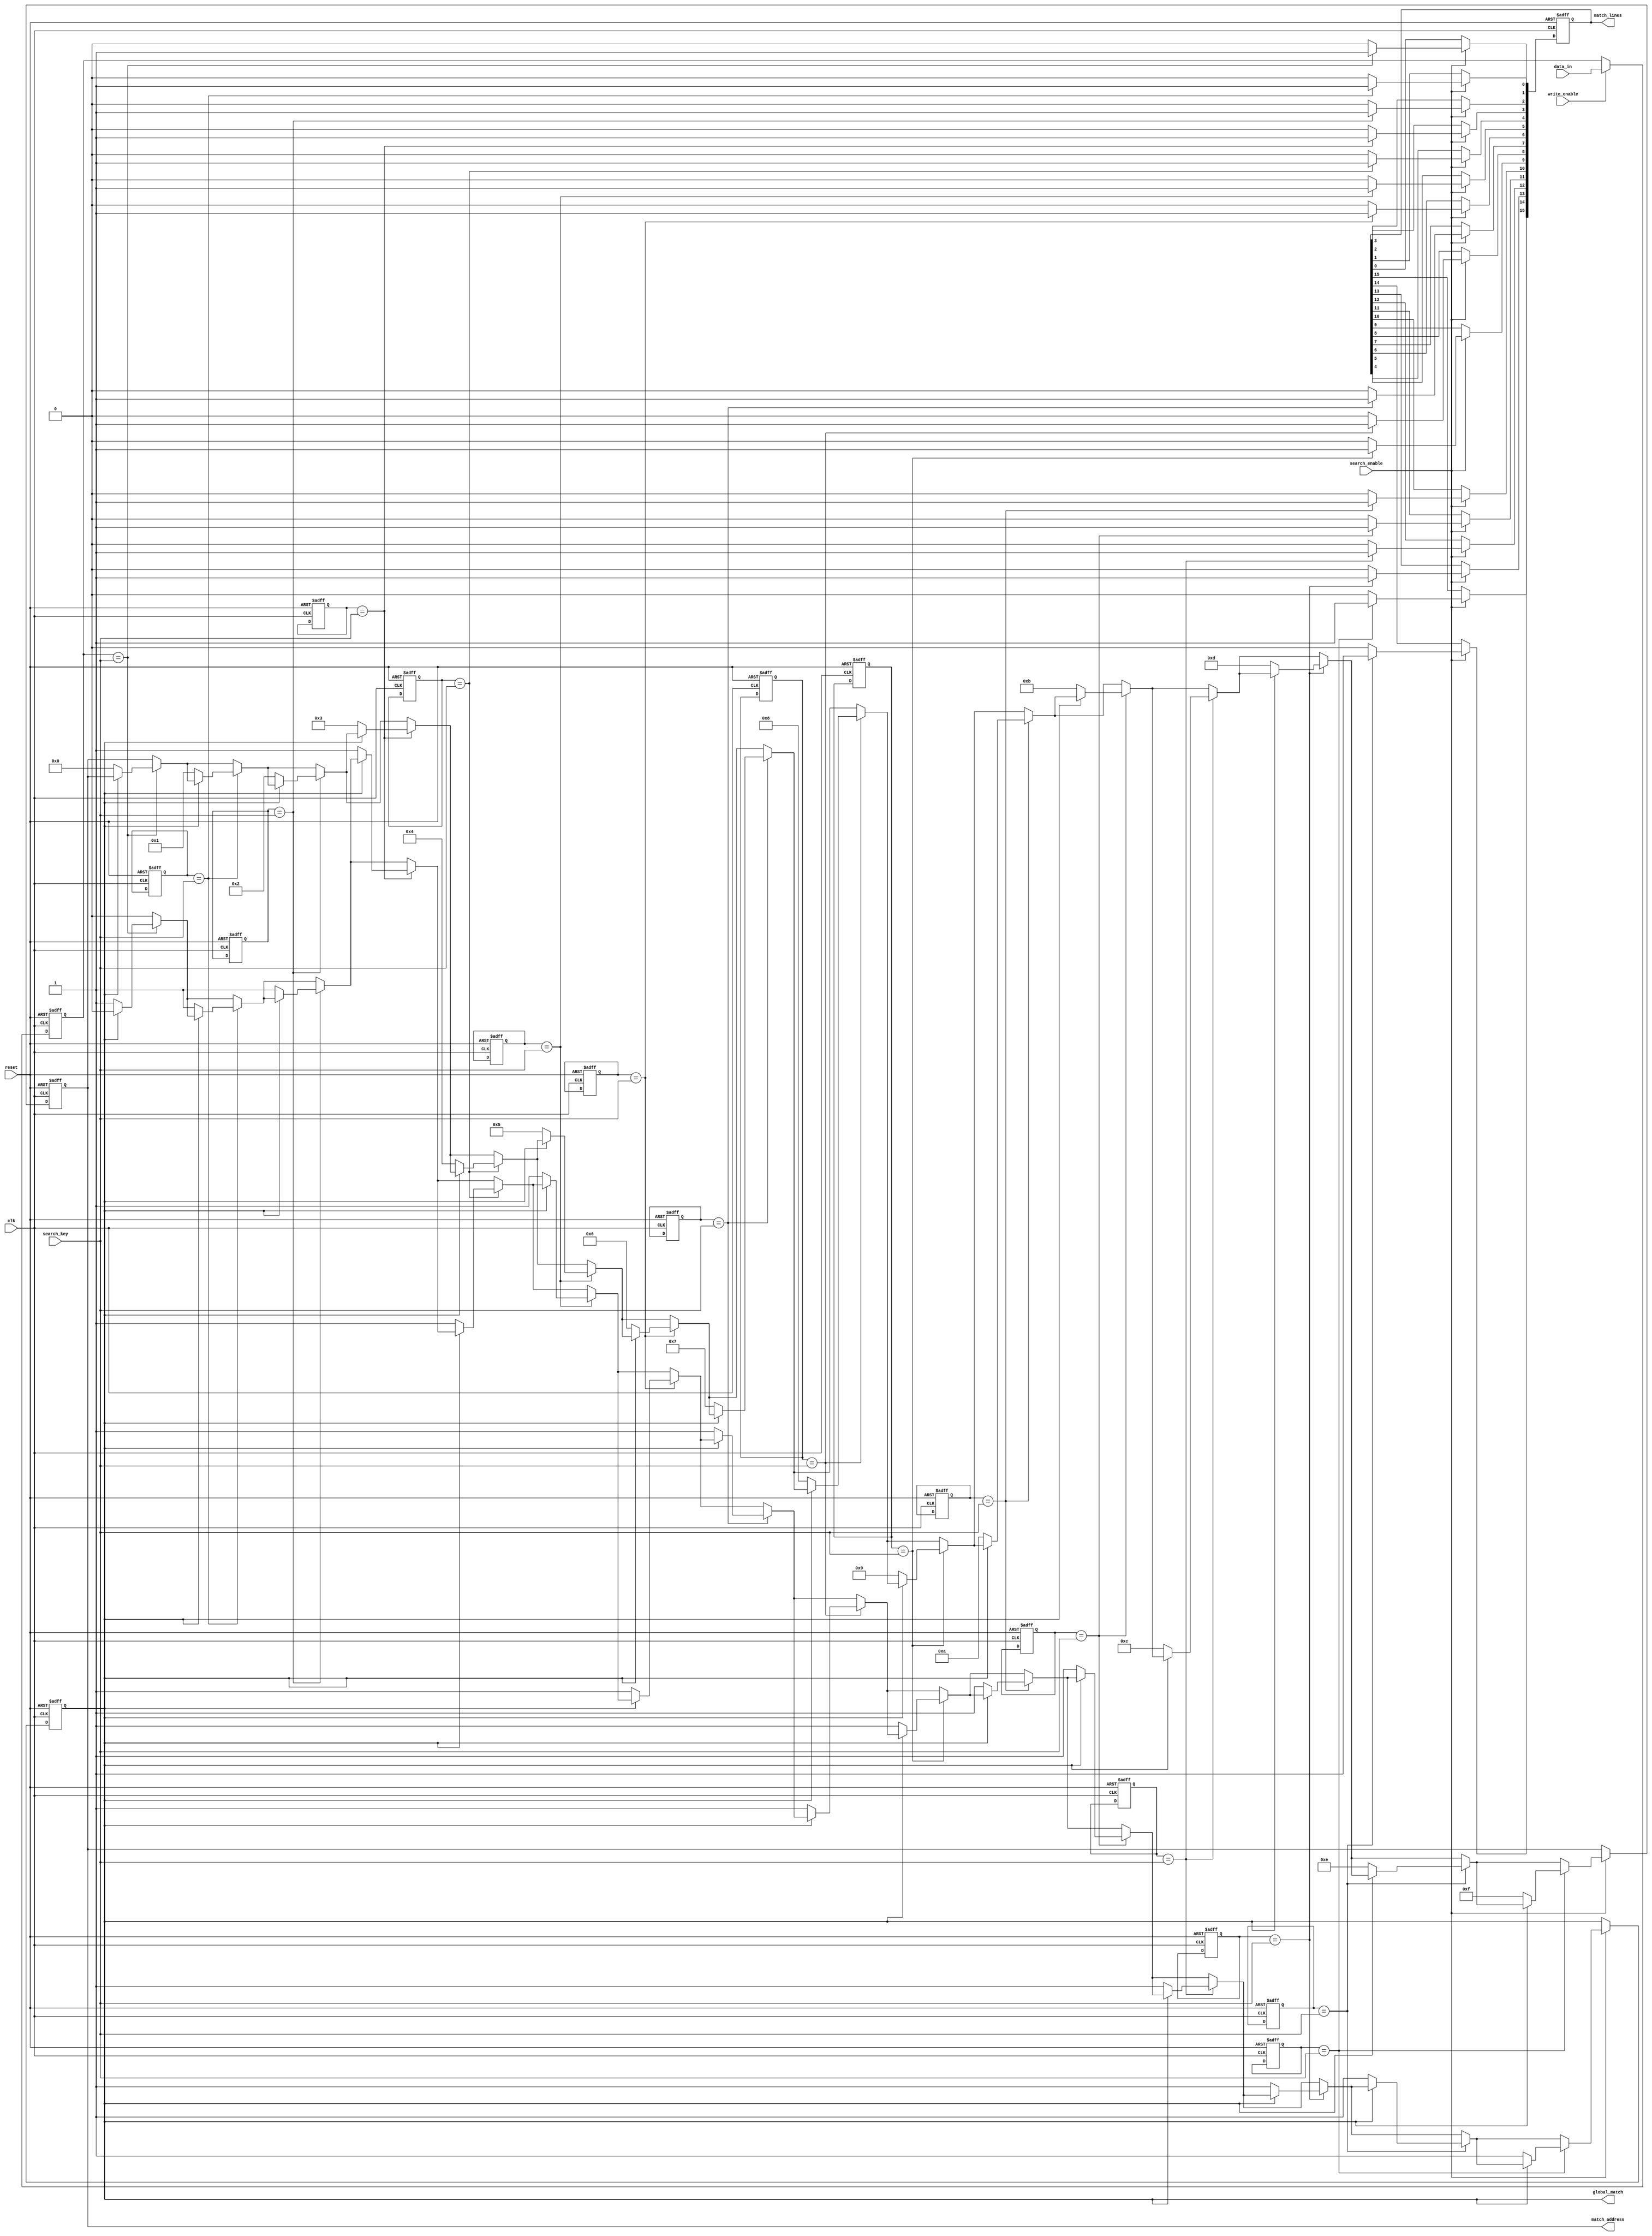
module ColumnBasedCAM #(
    parameter W = 8,    // Word length (number of bits in each entry)
    parameter N = 16    // Number of entries
)(
    input wire clk,
    input wire reset,
    input wire [W-1:0] data_in, // Data input for write operation
    input wire [W-1:0] search_key, // Search key input
    input wire write_enable, // Write enable signal
    input wire search_enable, // Search enable signal
    output reg [N-1:0] match_lines, // Match lines for each entry
    output reg [clog2(N)-1:0] match_address, // Address of the first match
    output reg global_match // Global match line
);

    // Memory array to store entries
    reg [W-1:0] memory [0:N-1];

    // Priority encoder
    integer i;
    always @(posedge clk or posedge reset) begin
        if (reset) begin
            // Reset all entries and outputs
            for (i = 0; i < N; i = i + 1) begin
                memory[i] <= 0;
            end
            match_lines <= 0;
            match_address <= 0;
            global_match <= 0;
        end else begin
            if (write_enable) begin
                // Write data into memory
                memory[0] <= data_in; // For simplicity, writing to the first entry
            end
            
            if (search_enable) begin
                match_lines <= 0; // Clear match lines
                global_match <= 0; // Clear global match line
                for (i = 0; i < N; i = i + 1) begin
                    if (memory[i] == search_key) begin
                        match_lines[i] <= 1; // Set match line for matching entry
                        if (!global_match) begin
                            match_address <= i; // Set match address to first match
                            global_match <= 1; // Set global match line
                        end
                    end
                end
            end
        end
    end

    // Function to calculate log base 2
    function integer clog2;
        input integer value;
        begin
            clog2 = 0;
            while (2**clog2 < value) begin
                clog2 = clog2 + 1;
            end
        end
    endfunction

endmodule